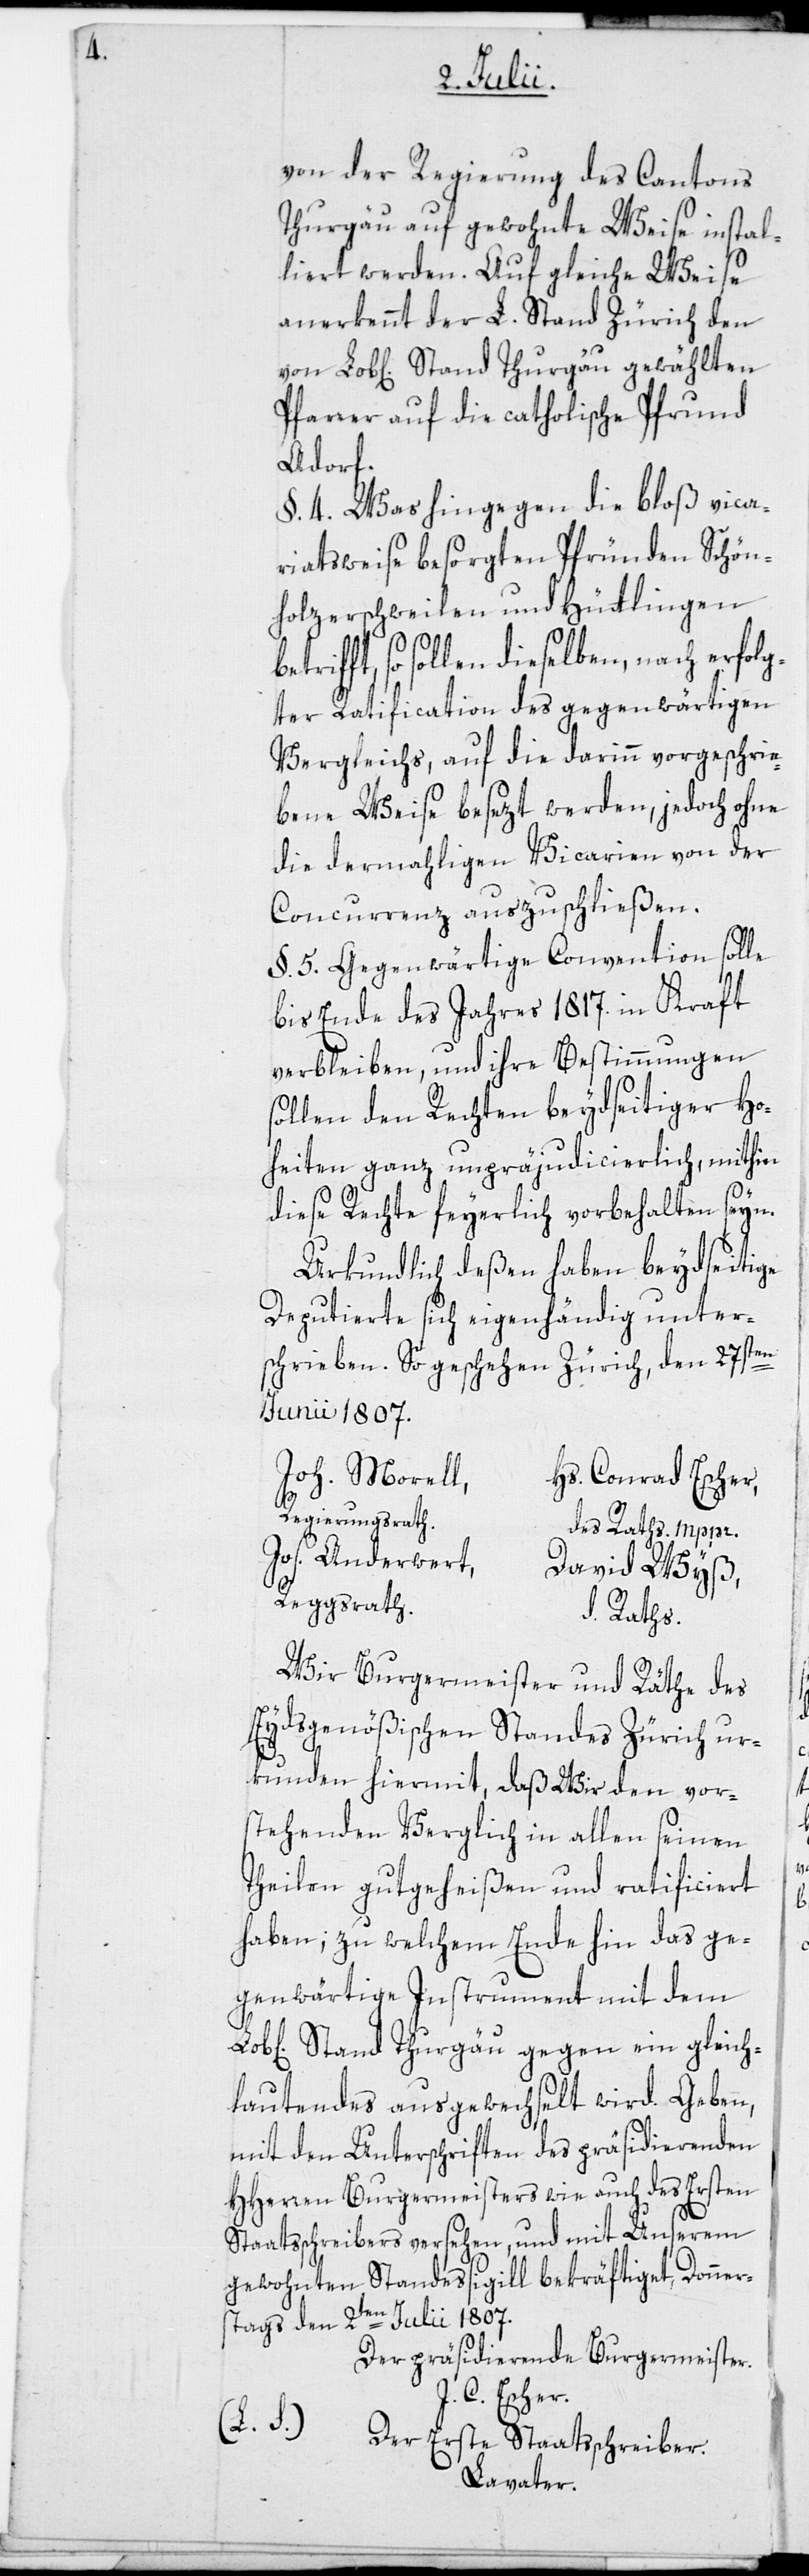
von der Regierung des Cantons
Thurgau auf gewohnte Weise instal¬
liert werden. Auf gleiche Weise
anerkennt der L. Stand Zürich den
Pfarrer auf die catholische Pfrund
Adorf.
§. 4. Was hingegen die bloß vica¬
riatsweise besorgten Pfründen Schön¬
holzerschweilen und Hüttlingen
betrifft, so sollen dieselben, nach erfolg¬
ter Ratification des gegenwärtigen
Vergleichs, auf die darinn vorgeschrie¬
bene Weise besezt werden, jedoch ohne
die dermahligen Vicarien von der
Concurrenz auszuschließen.
§. 5. Gegenwärtige Convention solle
bis Ende des Jahres 1817. in Kraft
verbleiben, und ihre Bestimmungen
sollen den Rechten beydseitiger Ho¬
heiten ganz unpräjudicierlich, mithin
diese Rechte feyerlich vorbehalten seyn.
Urkundlich deßen haben beydseitige
Deputierte sich eigenhändig unter¬
schrieben. So geschehen Zürich, den 27sten
Junii 1807.
Joh. Morell,
Hs. Conrad Escher,
Regierungsrath.
des Raths mppr.
Jos. Anderwert,
David Wyß,
Reggsrath.
d. Raths.
Wir Burgermeister und Räthe des
Eydsgenößischen Standes Zürich ur¬
kunden hiermit, daß Wir den vor¬
stehenden Verglich in allen seinen
Theilen gutgeheißen und ratificiert
haben; zu welchem Ende hin das ge¬
genwärtige Instrument mit dem
n] Stand Thurgau gegen ein gleich¬
lautendes ausgewechselt wird. Geben,
mit den Unterschriften des präsidierenden
HHerren Burgermeisters wie auch des Ersten
Staatsschreibers versehen, und mit Unserem
gewohnten Standessigill bekräftiget, Donner¬
stags den 2ten Julii 1807.
Der präsidierende Burgermeister.
C. Escher.
(L. S.).
Der Erste Staatsschreiber.
Lavater.